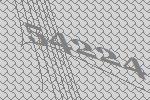
54224